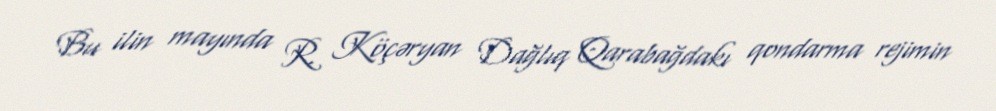
Bu ilin mayında R. Köçəryan Dağlıq Qarabağdakı qondarma rejimin